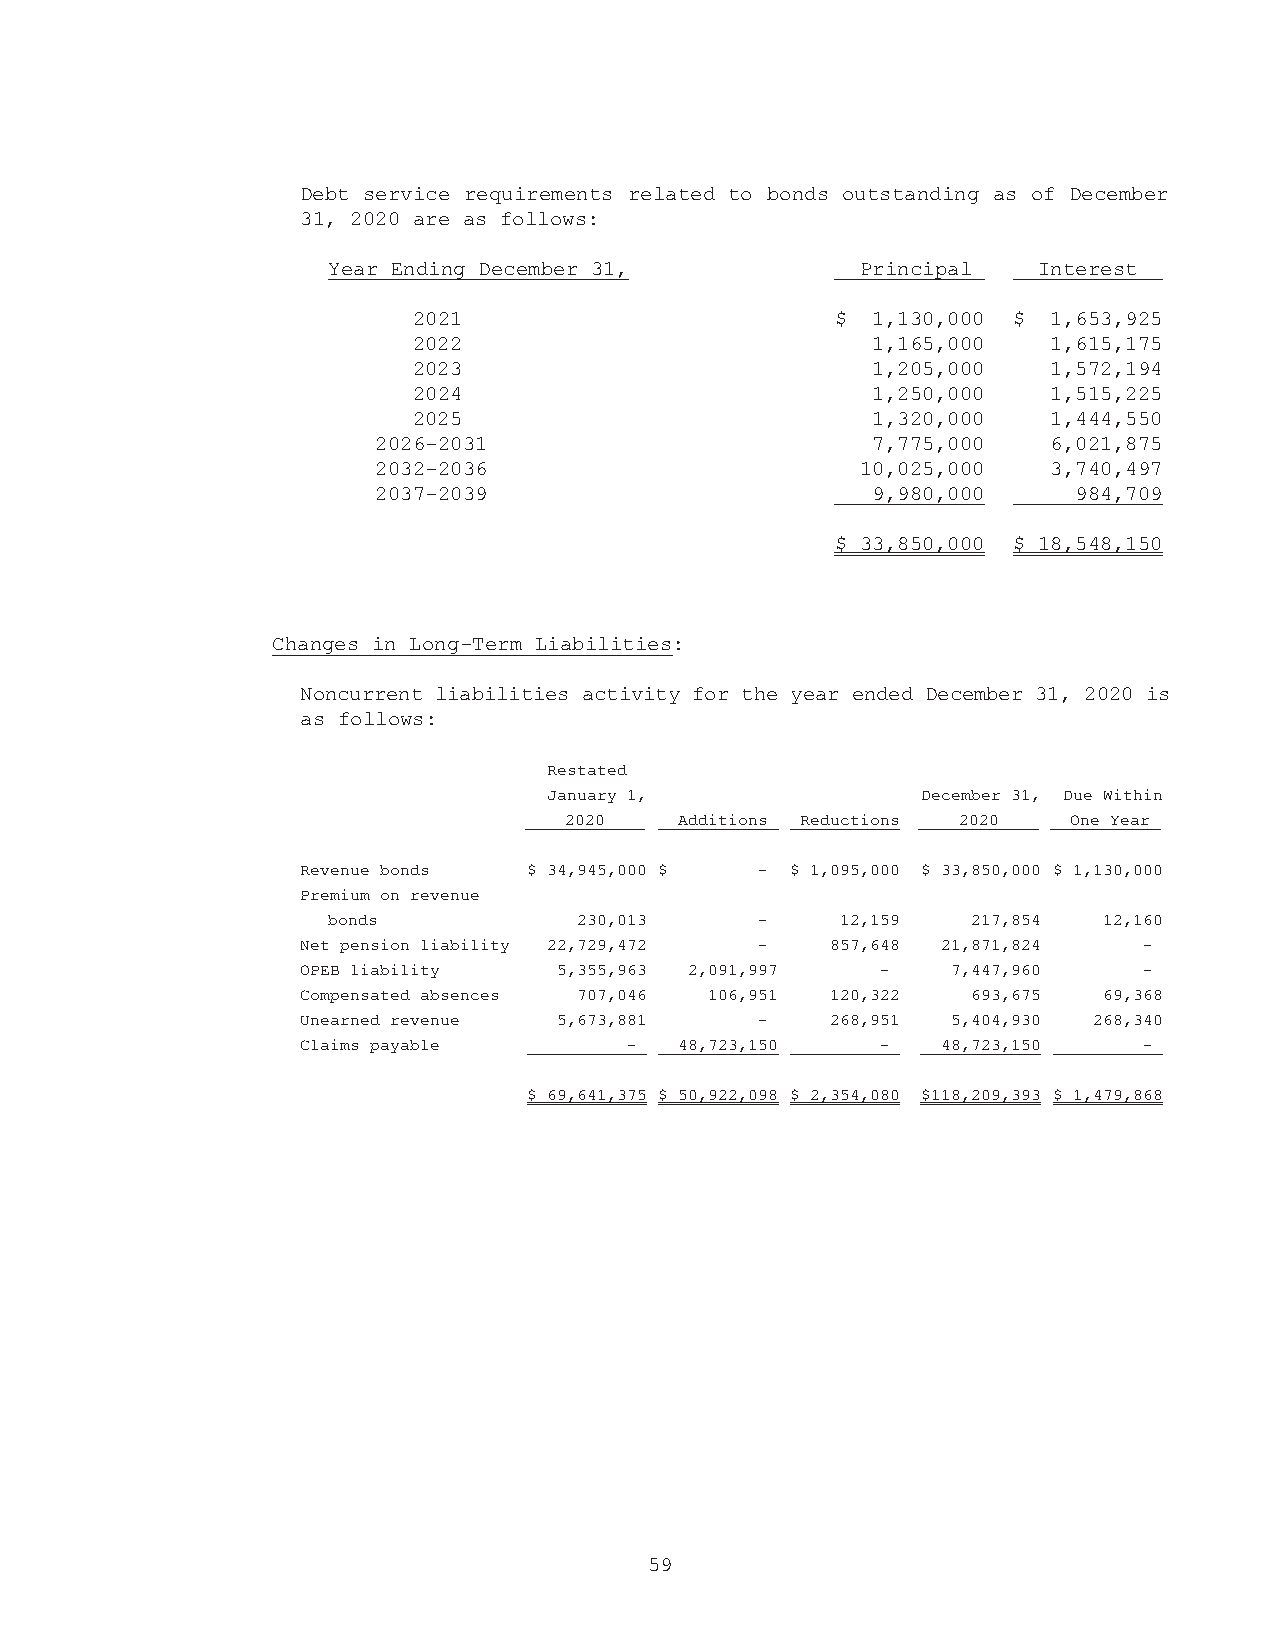
Debt service requirements related to bonds outstanding as of December
 31, 2020 are as follows:
 Year Ending December 31,           Principal   Interest
 2021                        $  1,130,000 $ 1,653,925
 2022                           1,165,000   1,615,175
 2023                           1,205,000   1,572,194
 2024                           1,250,000   1,515,225
 2025                           1,320,000   1,444,550
 2026-2031                        7,775,000   6,021,875
 2032-2036                       10,025,000   3,740,497
 2037-2039                        9,980,000    984,709
 $ 33,850,000 $ 18,548,150
 Changes in Long-Term Liabilities:
 Noncurrent liabilities activity for the year ended December 31, 2020 is
 as follows:
 Restated
 January 1,               December 31, Due Within
 2020    Additions Reductions 2020 One Year
 Revenue bonds  $ 34,945,000 $ - $ 1,095,000 $ 33,850,000 $ 1,130,000
 Premium on revenue
 bonds           230,013     -     12,159  217,854  12,160
 Net pension liability 22,729,472 - 857,648 21,871,824   -
 OPEB liability   5,355,963 2,091,997  -    7,447,960    -
 Compensated absences 707,046 106,951 120,322 693,675 69,368
 Unearned revenue 5,673,881    -    268,951 5,404,930 268,340
 Claims payable        -  48,723,150   -   48,723,150    -
 $ 69,641,375 $ 50,922,098 $ 2,354,080 $118,209,393 $ 1,479,868
 59